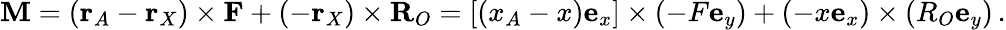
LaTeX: \mathbf{M}=(\mathbf{r}_{A}-\mathbf{r}_{X})\times\mathbf{F}+(-\mathbf{r}_{X})\times\mathbf{R}_{O}=\left[(x_{A}-x)\mathbf{e}_{x}\right]\times\left(-F\mathbf{e}_{y}\right)+\left(-x\mathbf{e}_{x}\right)\times\left(R_{O}\mathbf{e}_{y}\right)\, .